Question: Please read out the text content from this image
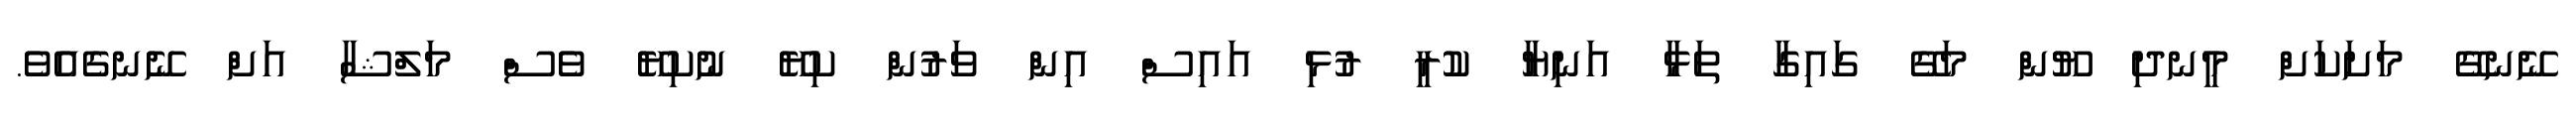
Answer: ނޭނގޭ މަށަކަށް މީނދި ޔޫން މަގޭ ގައިގާ ތަޅާ އަނިޔާ ކުރީ ރުޅި އައިސް އިން ވަރުން ކިޔޭ ނުކިޔޭ ވެސް މަލްޝާ އަށް ނޭނގެއެވެ.